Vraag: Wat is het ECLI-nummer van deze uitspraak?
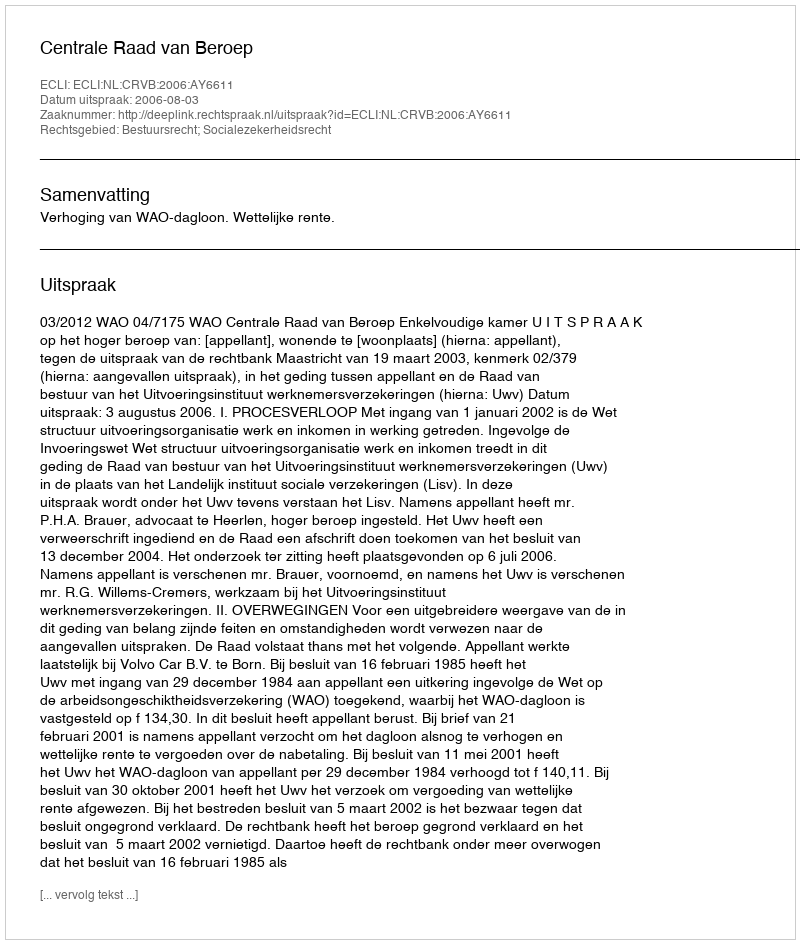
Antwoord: ECLI:NL:CRVB:2006:AY6611